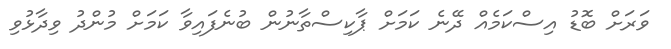
ވަރަށް ބޮޑު އިސްކަމެއް ދޭނެ ކަމަށް ޕާކިސްތާނުން ބުނެފައިވާ ކަމަށް މުންދު ވިދާޅުވި